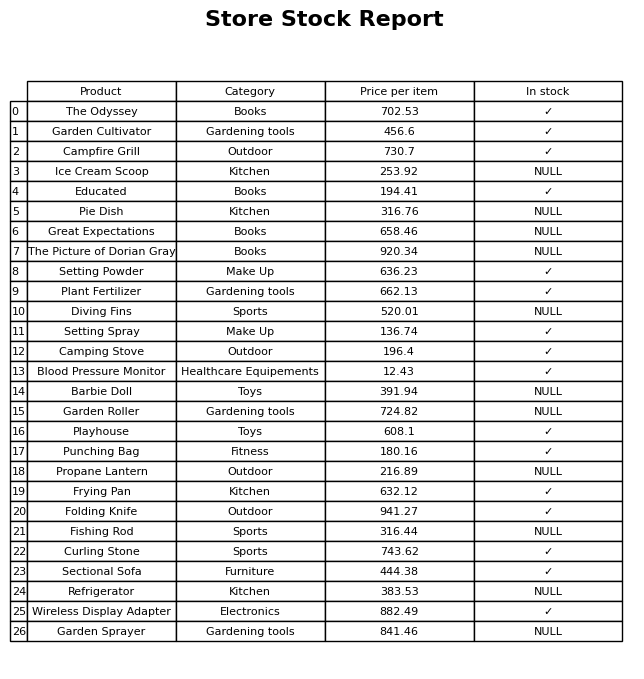
question: What is the price of the Wireless Display Adapter?
answer: The price of Wireless Display Adapter is 882.49.